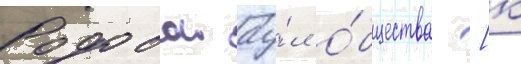
Родовои ау́л о́бщества [к